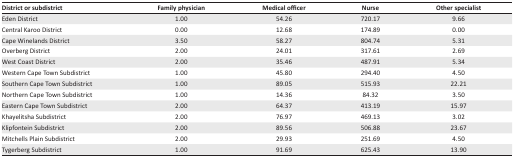
<table><thead><tr><td><b>District or subdistrict</b></td><td><b>Family physician</b></td><td><b>Medical officer</b></td><td><b>Nurse</b></td><td><b>Other specialist</b></td></tr></thead><tbody><tr><td>Eden District</td><td>1.00</td><td>54.26</td><td>720.17</td><td>9.66</td></tr><tr><td>Central Karoo District</td><td>0.00</td><td>12.68</td><td>174.89</td><td>0.00</td></tr><tr><td>Cape Winelands District</td><td>3.50</td><td>58.27</td><td>804.74</td><td>5.31</td></tr><tr><td>Overberg District</td><td>2.00</td><td>24.01</td><td>317.61</td><td>2.69</td></tr><tr><td>West Coast District</td><td>2.00</td><td>35.46</td><td>487.91</td><td>5.34</td></tr><tr><td>Western Cape Town Subdistrict</td><td>1.00</td><td>45.80</td><td>294.40</td><td>4.50</td></tr><tr><td>Southern Cape Town Subdistrict</td><td>1.00</td><td>89.05</td><td>515.93</td><td>22.21</td></tr><tr><td>Northern Cape Town Subdistrict</td><td>1.00</td><td>14.36</td><td>84.32</td><td>3.50</td></tr><tr><td>Eastern Cape Town Subdistrict</td><td>2.00</td><td>64.37</td><td>413.19</td><td>15.97</td></tr><tr><td>Khayelitsha Subdistrict</td><td>2.00</td><td>76.97</td><td>469.13</td><td>3.02</td></tr><tr><td>Klipfontein Subdistrict</td><td>2.00</td><td>89.56</td><td>506.88</td><td>23.67</td></tr><tr><td>Mitchells Plain Subdistrict</td><td>2.00</td><td>29.93</td><td>251.69</td><td>4.50</td></tr><tr><td>Tygerberg Subdistrict</td><td>1.00</td><td>91.69</td><td>625.43</td><td>13.90</td></tr></tbody></table>